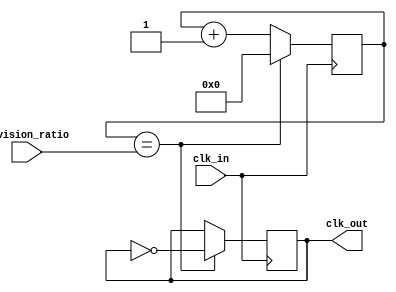
module fractional_clock_divider (
    input wire clk_in,
    input wire [15:0] division_ratio,
    output reg clk_out
);

reg [15:0] counter;
wire clock_enable;

assign clock_enable = (counter == division_ratio);

always @(posedge clk_in) begin
    if (counter == division_ratio) begin
        counter <= 0;
        clk_out <= ~clk_out;
    end else begin
        counter <= counter + 1;
    end
end

endmodule